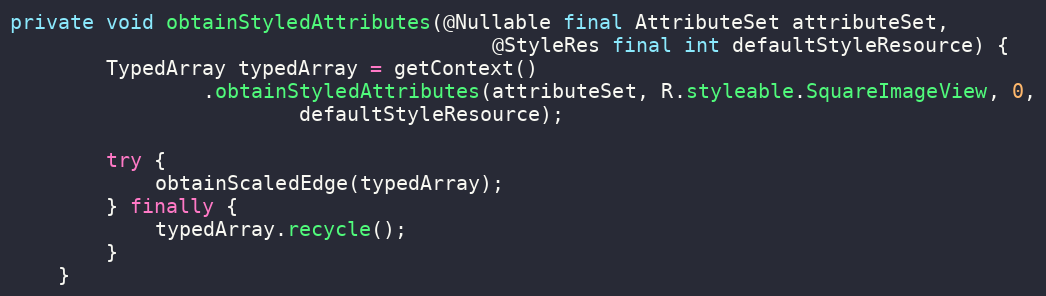
Language: Java
private void obtainStyledAttributes(@Nullable final AttributeSet attributeSet,
                                        @StyleRes final int defaultStyleResource) {
        TypedArray typedArray = getContext()
                .obtainStyledAttributes(attributeSet, R.styleable.SquareImageView, 0,
                        defaultStyleResource);

        try {
            obtainScaledEdge(typedArray);
        } finally {
            typedArray.recycle();
        }
    }